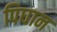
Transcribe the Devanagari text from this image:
पिघान